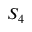
S _ { 4 }